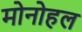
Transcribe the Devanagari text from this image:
मोनोहल